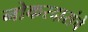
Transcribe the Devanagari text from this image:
नोकरदारांचे